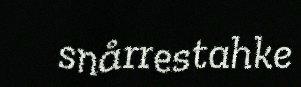
snårrestahke